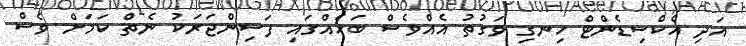
އަދި އެކްސިޑެންޓް ހިނގި ވަގުތު އެއްވެސް ބަހެއްގައި ފަސިންޖަރަކު ނެތް ކަމަށް ވެސް